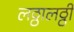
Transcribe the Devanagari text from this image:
लठ्ठालठ्ठी